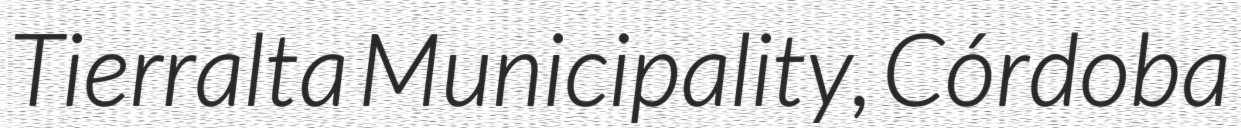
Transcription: Tierralta Municipality, Córdoba